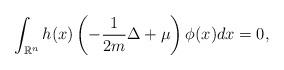
LaTeX: \begin{align*}\int_{\mathbb{R}^n} h(x) \left(-\frac{1}{2m}\Delta +\mu \right) \phi (x) dx = 0,\end{align*}